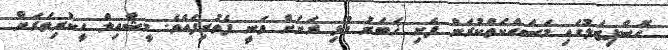
ހޮސްޕިޓަލުގައި މަސައްކަތްކުރަން ފެށި ޚަބަރު މުޅި ރަށަށް ވަނީ ފެތުރިފައެވެ. މީޝާއިލް ހީކުރިވަރަށް